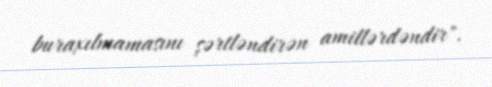
buraxılmamasını şərtləndirən amillərdəndir".